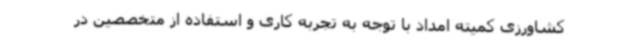
کشاورزی کمیته امداد با توجه به تجربه کاری و استفاده از متخصصین در